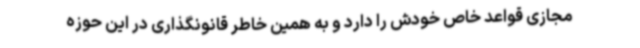
مجازی قواعد خاص خودش را دارد و به همین خاطر قانونگذاری در این حوزه